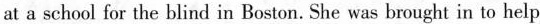
at a school for the blind in Boston. She was brought in to help